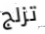
تزلج